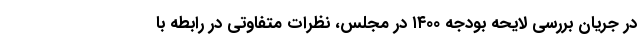
در جریان بررسی لایحه بودجه ۱۴۰۰ در مجلس، نظرات متفاوتی در رابطه با